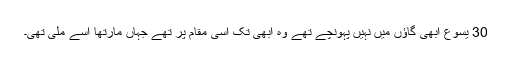
30 یسوع ابھی گاؤں میں نہیں پہونچے تھے وہ ابھی تک اسی مقام پر تھے جہاں مارتھا اسے ملی تھی۔